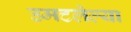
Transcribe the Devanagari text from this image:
उमटलेल्या